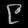
Digit: ၉